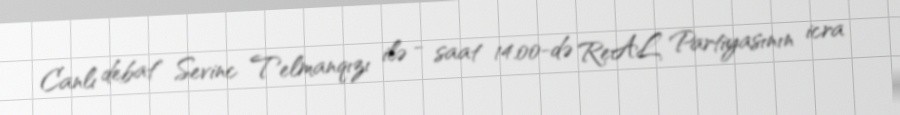
Canlı debat" Sevinc Telmanqızı ilə - saat 14.00-də ReAL Partiyasının icra